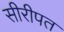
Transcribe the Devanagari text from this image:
सीरीपत